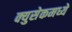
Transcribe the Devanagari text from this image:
क्युसेकमध्ये